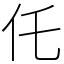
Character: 仛